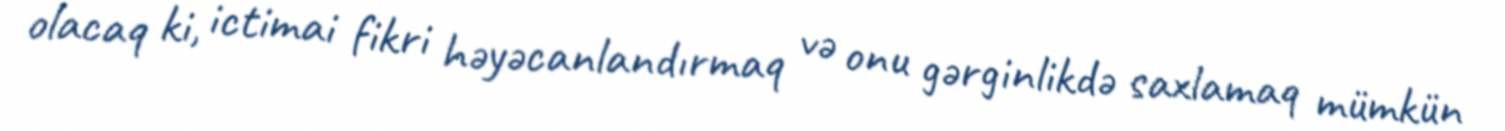
olacaq ki, ictimai fikri həyəcanlandırmaq və onu gərginlikdə saxlamaq mümkün